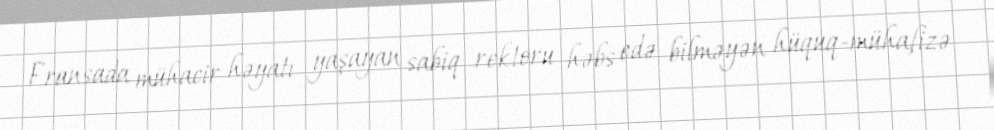
Fransada mühacir həyatı yaşayan sabiq rektoru həbs edə bilməyən hüquq-mühafizə